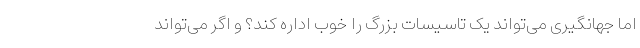
اما جهانگیری می‌تواند یک تاسیسات بزرگ را خوب اداره کند؟ و اگر می‌تواند